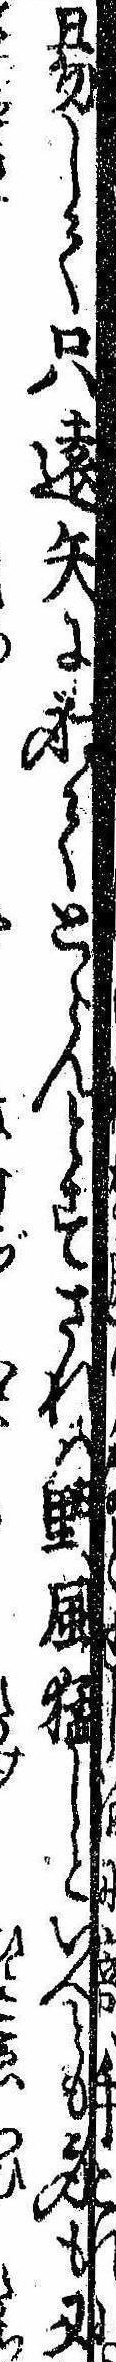
易して只遠矢に射てとらんとすされば野風猛しといへども身も又